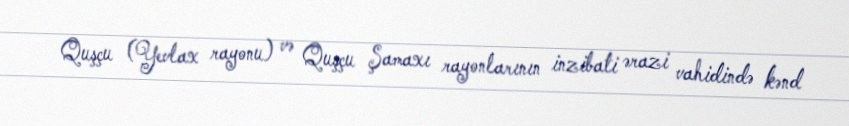
Quşçu (Yevlax rayonu) və Quşçu Şamaxı rayonlarının inzibati ərazi vahidində kənd